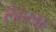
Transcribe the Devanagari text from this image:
लेहला